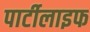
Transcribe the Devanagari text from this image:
पार्टीलाइफ